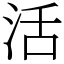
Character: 活